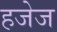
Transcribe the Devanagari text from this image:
हजेज